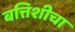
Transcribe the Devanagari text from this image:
बत्तिशीचा